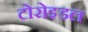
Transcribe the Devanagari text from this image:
टोरोइडल